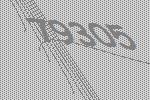
79305